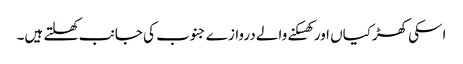
اسکی کھڑکیاں اور کھسکنے والے دروازے جنوب کی جانب کھلتے ہیں۔